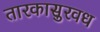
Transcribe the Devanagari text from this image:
तारकासुरवध